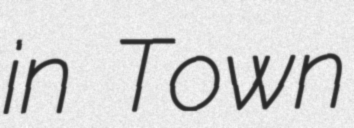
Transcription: in Town